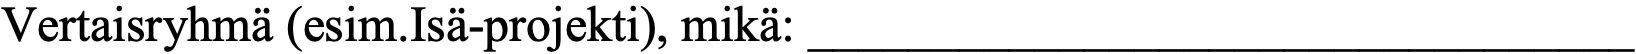
Vertaisryhmä (esim.Isä-projekti), mikä: _________________________________